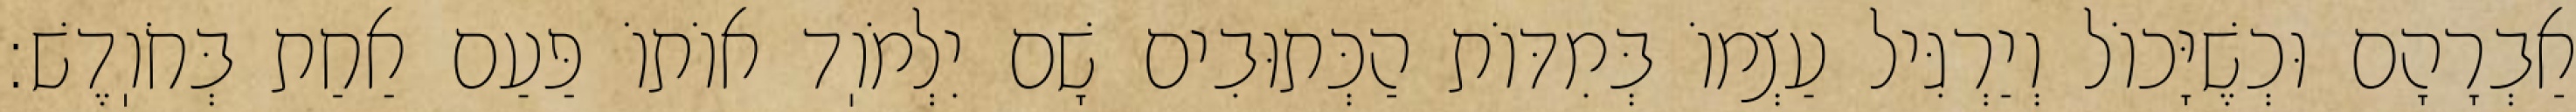
אַבְרָהָם וּכְשֶׁיָּכוֹל וְיַרְגִּיל עַצְמוֹ בְּמִדּוֹת הַכְּתוּבִים שָׁם יִלְמֹוֽד אוֹתוֹ פַּעַם אַחַת בְּחֹוֽדֶשׁ: